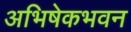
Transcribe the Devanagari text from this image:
अभिषेकभवन